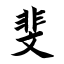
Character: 斐